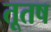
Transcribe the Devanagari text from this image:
तूतष